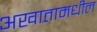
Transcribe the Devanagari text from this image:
अखातामधील